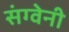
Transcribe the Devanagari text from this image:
संग्वेनी